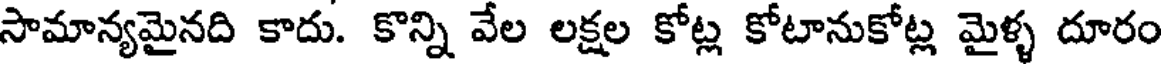
సామాన్యమైనది కాదు. కొన్ని వేల లక్షల కోట్ల కోటానుకోట్ల మైళ్ళ దూరం